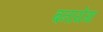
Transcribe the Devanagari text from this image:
बनायेंगा